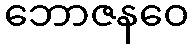
ဘောဇနဝေ